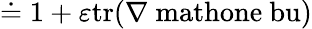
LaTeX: \doteq 1+\varepsilon\mathrm{tr(\nabla\ mathone\ bu)}